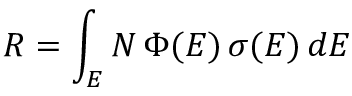
R = \int _ { E } N \, \Phi ( E ) \, \sigma ( E ) \, d E